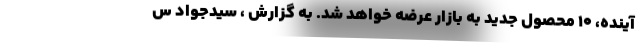
آينده، ۱۰ محصول جديد به بازار عرضه خواهد شد. به گزارش ، سیدجواد س